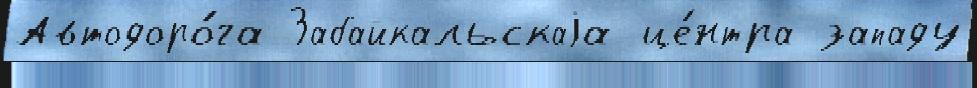
Автодоро́га Забайкальскаjа це́нтра западу